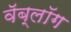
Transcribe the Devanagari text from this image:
वॅब्लॉग